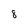
Character: 8